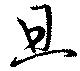
旦